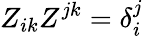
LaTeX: Z_{ik}Z^{jk}=\delta_{i}^{j}